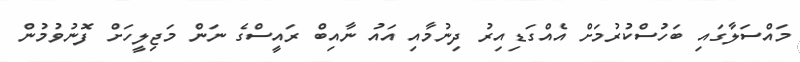
މައްސަލާގައި ބަހުސްކުރުމަށް އެއްގަޑިއިރު ދިނުމާއި އައު ނާއިބް ރައީސްގެ ނަން މަޖިލީހަށް ފޮނުވުމުން